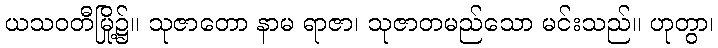
ယသဝတီမြို့၌။ သုဇာတော နာမ ရာဇာ၊ သုဇာတမည်သော မင်းသည်။ ဟုတွာ၊